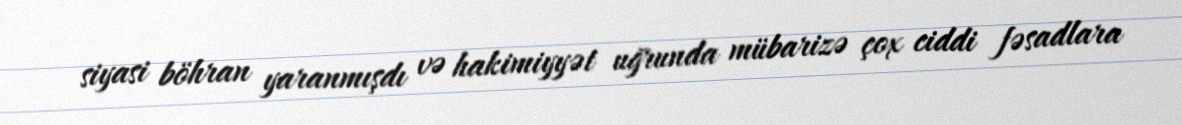
siyasi böhran yaranmışdı və hakimiyyət uğrunda mübarizə çox ciddi fəsadlara